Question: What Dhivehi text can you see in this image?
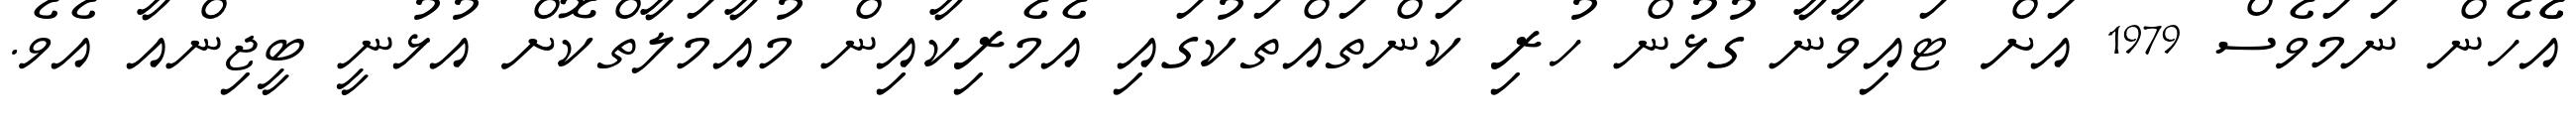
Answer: އެެހެން ނަމަވެސް 1979 އަށް ޓައިވާނާ ގުޅުން ހުރި ކަންތައްތަކުގައި އެމެރިކާއިން މުއާމަލާތްކޮށް އުޅުނީ ބީޖިންއާ އެވެ.